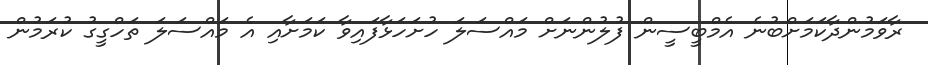
ރާވަމުންދާކަމަށްބުނެ އެމްބީސީން ފުލުންނަށް މައްސަލަ ހުށަހަޅާފައިވާ ކަމަށާއި އެ މައްސަލަ ތަހްގީގު ކުރަމުން